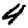
Digit: 4